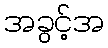
အခွင့်အ